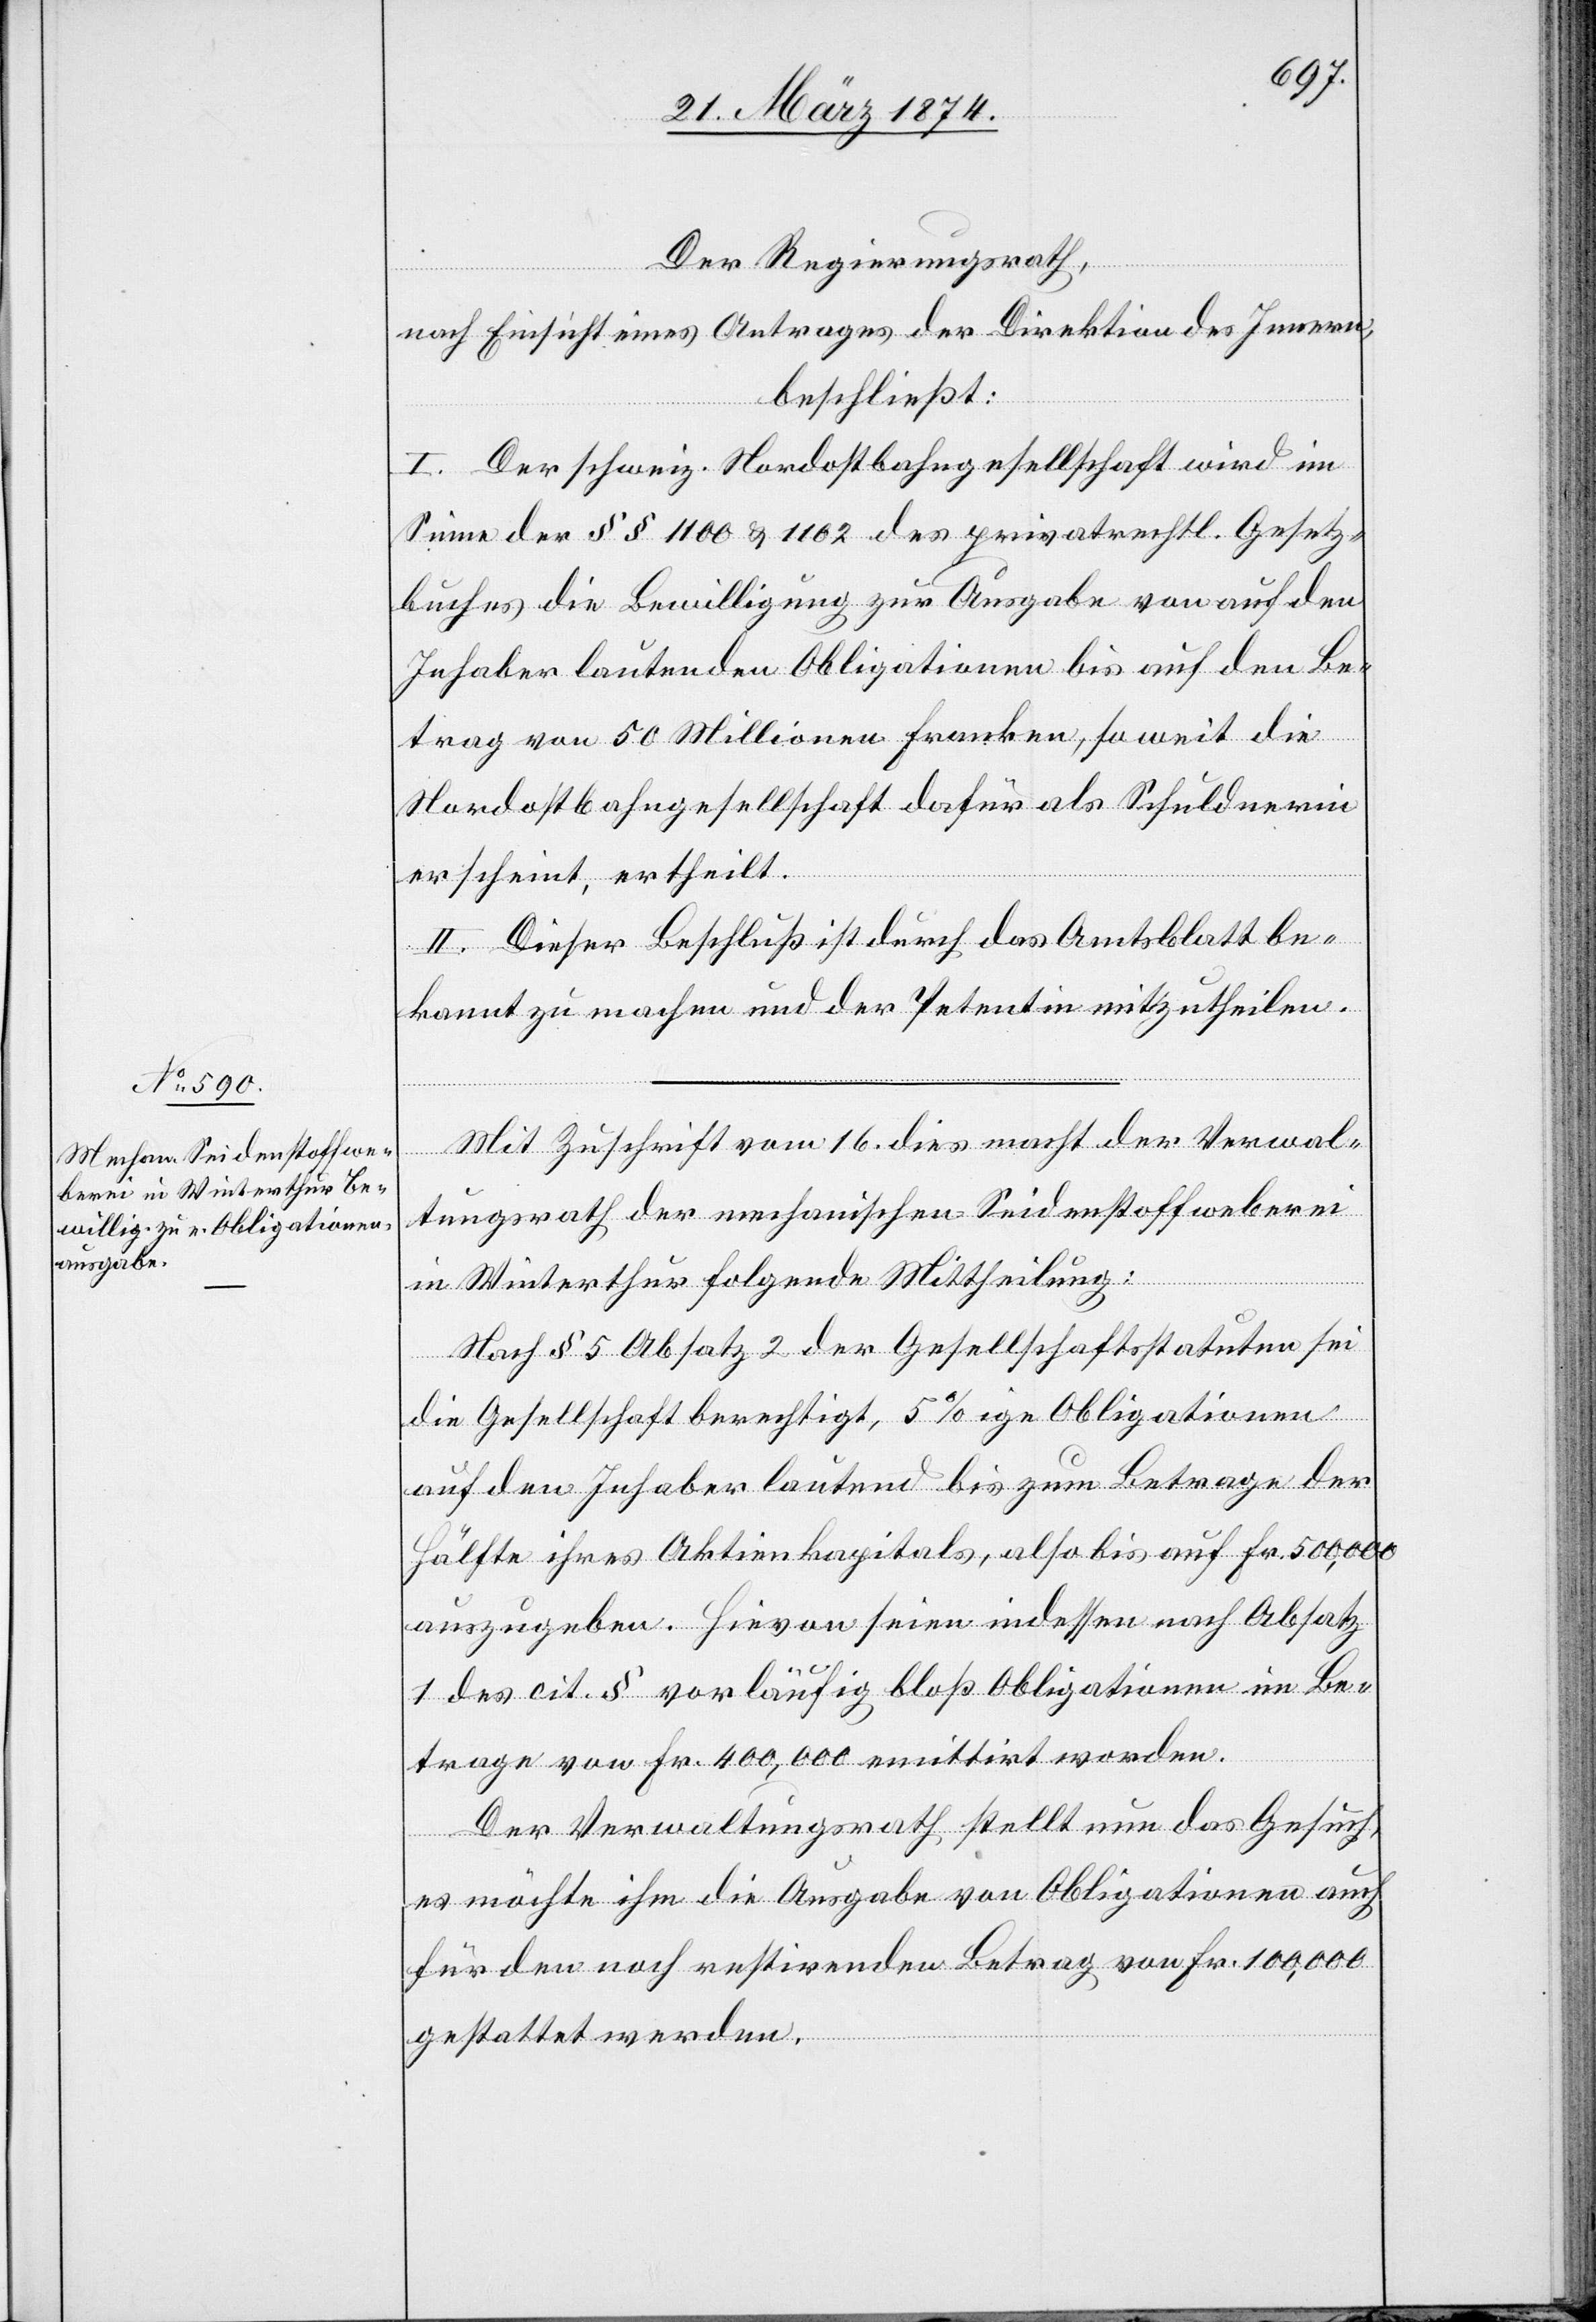
Der Regierungsrath,
nach Einsicht eines Antrages der Direktion des Innern,
beschließt:
I. Der schweiz. Nordostbahngesellschaft wird im
Sinne der §§ 1100 u. 1102 des privatrechtl. Gesetz¬
buches die Bewilligung zur Ausgabe von auf den
Inhaber lautenden Obligationen bis auf den Be¬
trag von 50 Millionen Franken, soweit die
Nordostbahngesellschaft dafür als Schuldnerin
erscheint, ertheilt.
II. Dieser Beschluß ist durch das Amtsblatt be¬
kannt zu machen und der Petentin mitzutheilen.
Mit Zuschrift vom 16. dies macht der Verwal¬
tungsrath der mechanischen Seidenstoffweberei
in Winterthur folgende Mittheilung:
Nach § 5 Absatz 2 der Gesellschaftsstatuten sei
die Gesellschaft berechtigt, 5%[-]ige Obligationen
auf den Inhaber lautend bis zum Betrage der
Hälfte ihres Aktienkapitals, also bis auf Fr. 500,000
auszugeben. Hievon seien indessen nach Absatz
1 des cit. § vorläufig bloß Obligationen im Be¬
trage von Fr. 400,000 emittirt worden.
Der Verwaltungsrath stellt nun das Gesuch,
es möchte ihm die Ausgabe von Obligationen auch
für den noch restirenden Betrag von Fr. 100,000
gestattet werden.